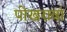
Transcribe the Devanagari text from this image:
पोखरावां